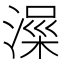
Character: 𱨀